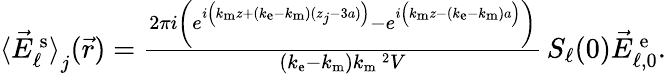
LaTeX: \begin{array}{r}{\langle\vec{E}_{\ell}^{\mathrm{\, s}}\rangle_{{\textstyle\mathstrut}j}(\vec{r})=\frac{2\pi i\left(e^{i\left(k_{\mathrm{m}}z+(k_{\mathrm{e}}-k_{\mathrm{m}})(z_{j}-3a)\vphantom{b^{2}}\right)}-e^{i\left(k_{\mathrm{m}}z-(k_{\mathrm{e}}-k_{\mathrm{m}})a\vphantom{b^{2}}\right)}\right)}{(k_{\mathrm{e}}-k_{\mathrm{m}})k_{\mathrm{m}}\, \! \! \, \! \, \, \! \, \, \! \! \, \! \, \, \! \! \, \! \! \, \! \, \, \! \! \, \! \! \, \! \, \, \! \, \, \! \! \, \! \, \, \! \! \, \! \! \, \! \, \, \! \, \, \! \! \, \! \, \, \! \, \, \! \! \, \! \, \, \! \! \, \! \! \, \! \, \, \! \, \, \! \! \, \! \, \, \! \, \, \! \! ^{2}V}\, S_{\ell}(0)\vec{E}_{\ell,0}^{\mathrm{\, e}}.}\end{array}